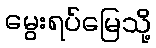
မွေးရပ်မြေသို့